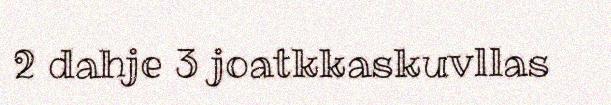
2 dahje 3 joatkkaskuvllas